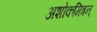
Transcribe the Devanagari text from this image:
अशोकमित्रन्